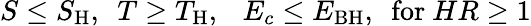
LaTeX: S\le S_{\mathrm{H}},~~T\ge T_{\mathrm{H}},~~~E_{c}\le E_{\mathrm{BH}},~~\mathrm{for}~HR\ge 1